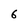
Character: 6